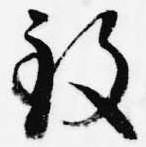
致